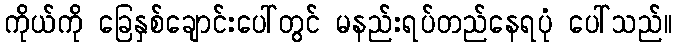
ကိုယ်ကို ခြေနှစ်ချောင်းပေါ်တွင် မနည်းရပ်တည်နေရပုံ ပေါ်သည်။